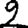
Digit: 2